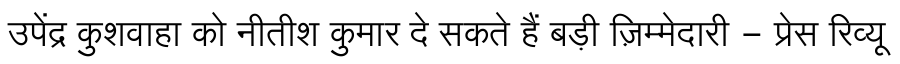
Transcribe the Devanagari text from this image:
उपेंद्र कुशवाहा को नीतीश कुमार दे सकते हैं बड़ी ज़िम्मेदारी - प्रेस रिव्यू